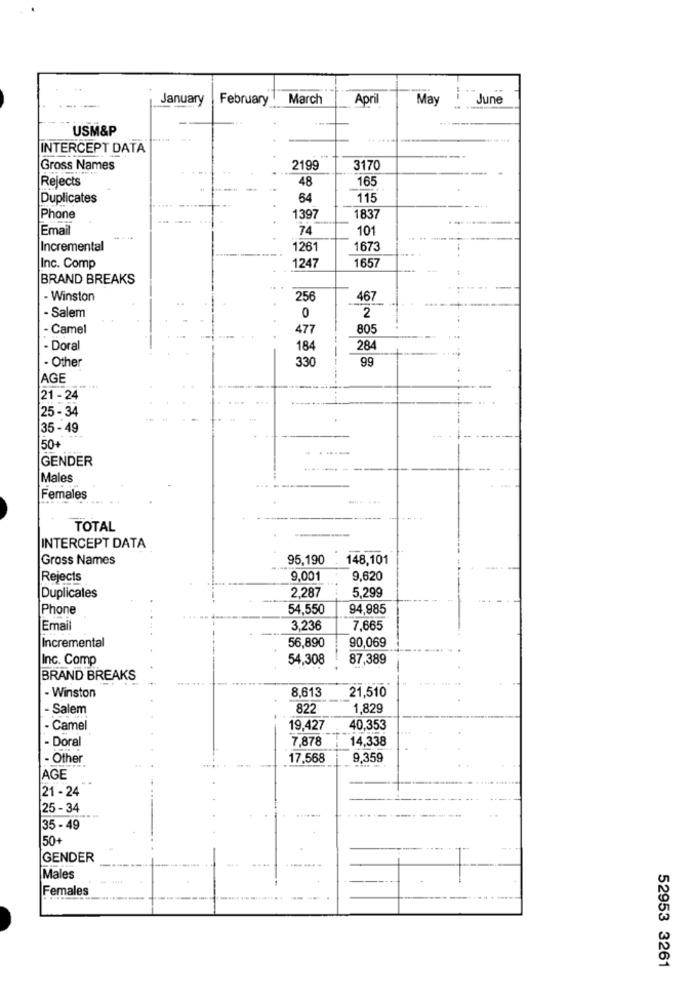
January
February
March
April
May
June
--
USM&P
.. ....
INTERCEPT DATA
Gross Names
2199
3170
Rejects
48
165
Duplicates
64
115
Phone
1397
1837
Email
74
101
Incremental
1261
1673
Inc. Comp
1247
1657
BRAND BREAKS
- Winston
256
467
- Salem
2
0
- Camel
477
805
- Doral
184
28
- Other
330
99
AGE
21 - 24
25 - 34
35 - 49
50+
GENDER
Males
Females
--
TOTAL
INTERCEPT DATA
Gross Names
95,190
148,101
Rejects
9,001
9,620
Duplicates
2,287
5,299
Phone
54,550
94,985
Email
3.236
7,665
Incremental
56,890
90,069
Inc. Comp
54,308
87,389
BRAND BREAKS
21,510
- Winston
8,613
- Salem
822
1,829
- Camel
19,427
40,353
- Doral
7,878
14,338
- Other
17,568
9,359
AGE
21 - 24
25 - 34
35 - 49
50+
GENDER
Males
Females
52953 3261